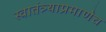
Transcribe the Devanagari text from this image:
स्वातंत्र्याप्रमाणेच